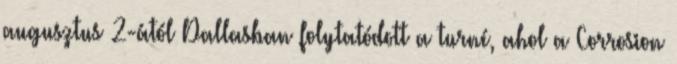
augusztus 2-ától Dallasban folytatódott a turné, ahol a Corrosion